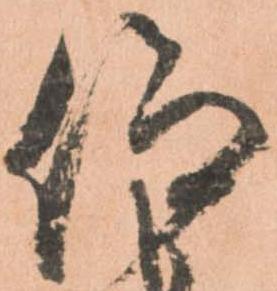
仰